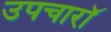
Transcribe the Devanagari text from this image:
उपचारॉ